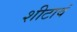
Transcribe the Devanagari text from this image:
शीटावं